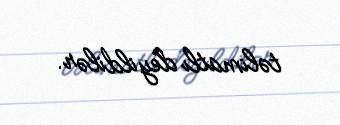
təlimatlı deyildilər.